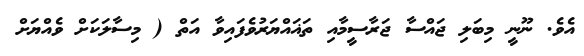
އެވެ. ނޫނީ މިބަލި ޖައްސާ ޖަރާސީމާއި ތަޣައްޔަރުވެފައިވާ އަތް ( މިސާލަކަށް ވެއްޔަށް